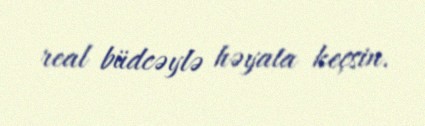
real büdcəylə həyata keçsin.